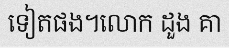
ទៀតផង។លោក ដួង គា